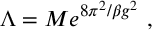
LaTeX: \Lambda = M e ^ { 8 \pi ^ { 2 } / \beta g ^ { 2 } } \ ,